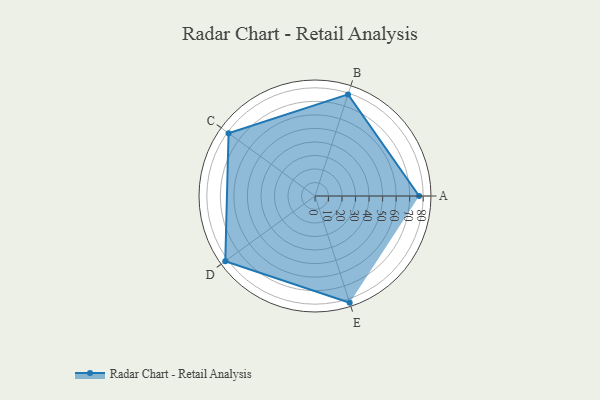
{"axis": {"x": "Skill", "y": "Score"}, "legend": ["Profile"], "data": [{"x": "A", "y": 77.0, "type": "Profile"}, {"x": "B", "y": 79.0, "type": "Profile"}, {"x": "C", "y": 79.0, "type": "Profile"}, {"x": "D", "y": 82.0, "type": "Profile"}, {"x": "E", "y": 83.0, "type": "Profile"}]}